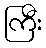
ကြီး